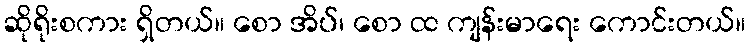
ဆိုရိုးစကား ရှိတယ်။ စော အိပ်၊ စော ထ ကျန်းမာရေး ကောင်းတယ်။